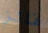
فائز